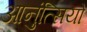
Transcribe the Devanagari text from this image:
आनुंत्सियो